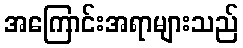
အကြောင်းအရာများသည်